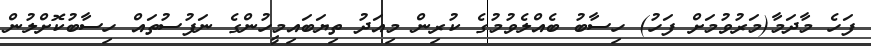
ފަހެ މާދަމާ(މަރުވުމަށް ފަހު) ހިސާބު ބެއްލެވުމުގެ ކުރިން މިއަދު ތިޔަބައިމީހުންގެ ނަފުސުތައް ހިސާބުކޮށްލުން